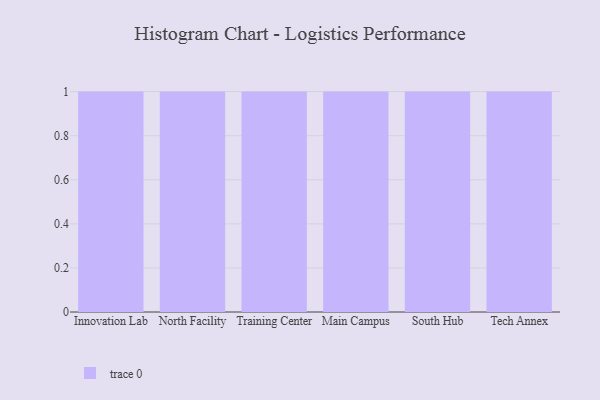
{"axis": {"x": "Campus", "y": "Production Output"}, "legend": [""], "data": [{"x": "Innovation Lab", "y": 4, "type": ""}, {"x": "North Facility", "y": 24, "type": ""}, {"x": "Training Center", "y": 83, "type": ""}, {"x": "Main Campus", "y": 98, "type": ""}, {"x": "South Hub", "y": 57, "type": ""}, {"x": "Tech Annex", "y": 23, "type": ""}]}